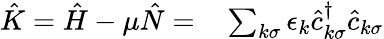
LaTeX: \begin{array}{rl}{\hat{K}=\hat{H}-\mu\hat{N}=}&{{}\sum_{k\sigma}\epsilon_{k}\hat{c}_{k\sigma}^{\dagger}\hat{c}_{k\sigma}}\end{array}